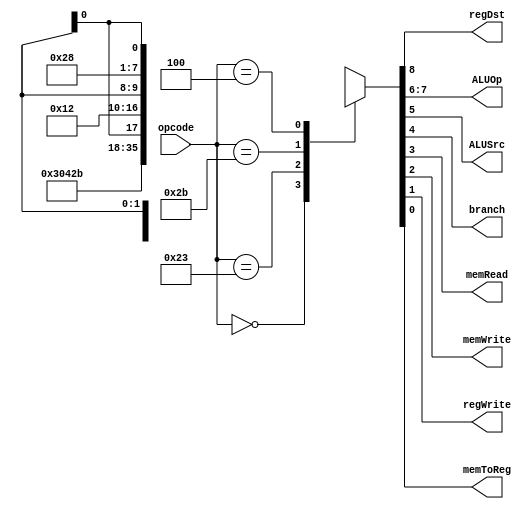
module control
(
    input [5:0] opcode,
    output reg regDst,
    output reg [1:0] ALUOp,
    output reg ALUSrc,
    output reg branch,
    output reg memRead,
    output reg memWrite,
    output reg regWrite,
    output reg memToReg
    
);
    always @(opcode)begin
        case(opcode)
            6'b000000: {regDst, ALUOp, ALUSrc, branch, memRead, memWrite, regWrite, memToReg} = 9'b110000010;         // for r type instructions
            6'b100011: {regDst, ALUOp, ALUSrc, branch, memRead, memWrite, regWrite, memToReg} = 9'b000101011;         // for l type instructions
            6'b101011: {regDst, ALUOp, ALUSrc, branch, memRead, memWrite, regWrite, memToReg} = 9'bx0010010x;         // for sw
            6'b000100: {regDst, ALUOp, ALUSrc, branch, memRead, memWrite, regWrite, memToReg} = 9'bx0101000x;         // for beq
            default  : {regDst, ALUOp, ALUSrc, branch, memRead, memWrite, regWrite, memToReg} = 9'bxxxxxxxxx; 
        endcase
    end
endmodule